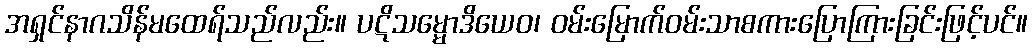
အရှင်နာဂသိန်မထေရ်သည်လည်း။ ပဋိသမ္မောဒိယေဝ၊ ဝမ်းမြောက်ဝမ်းသာစကားပြောကြားခြင်းဖြင့်ပင်။